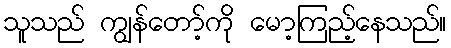
သူသည် ကျွန်တော့်ကို မော့ကြည့်နေသည်။